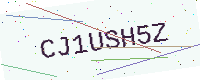
Text: CJ1USH5Z